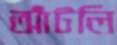
আঁটলি